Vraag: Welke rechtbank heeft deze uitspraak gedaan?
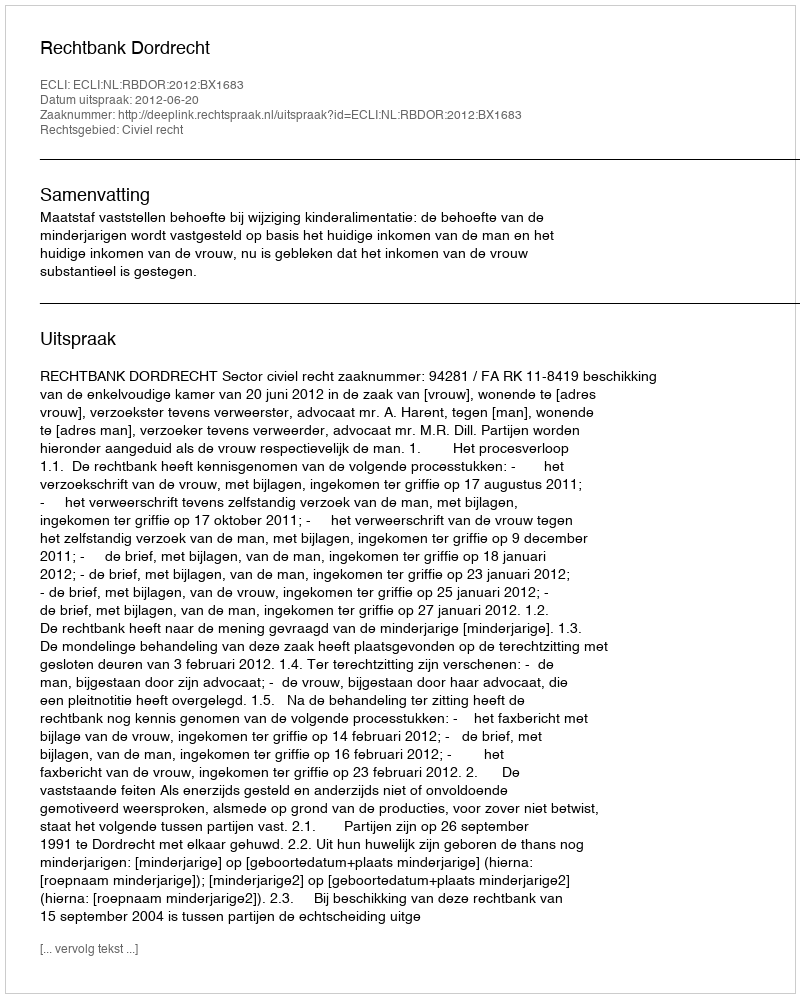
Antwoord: Rechtbank Dordrecht